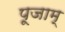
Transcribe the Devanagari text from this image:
पूजाम्